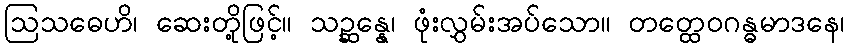
ဩသဓေဟိ၊ ဆေးတို့ဖြင့်။ သဉ္ဆန္နေ၊ ဖုံးလွှမ်းအပ်သော။ တတ္ထေဝဂန္ဓမာဒနေ၊